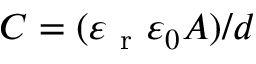
C = ( \varepsilon _ { \mathrm { ~ r ~ } } \varepsilon _ { 0 } A ) / d